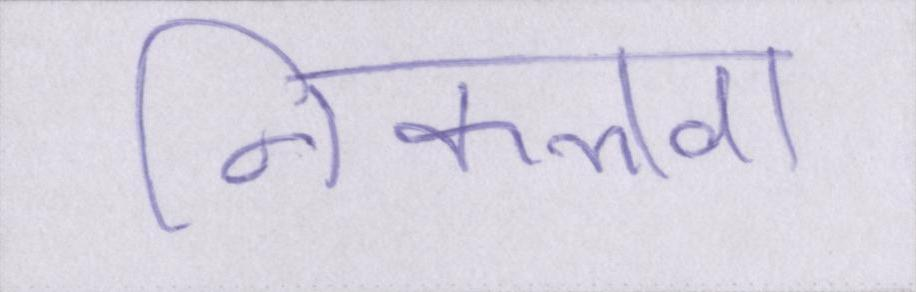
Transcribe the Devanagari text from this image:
निकलवा